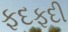
ફદફદી